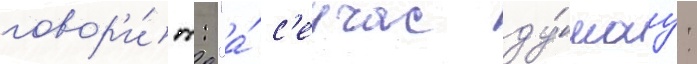
говор'и́т: "а́ с'еичас ду́мау: